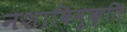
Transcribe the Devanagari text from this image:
नशाविमुक्ति